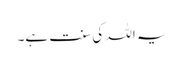
یہ اللہ کی سنت ہے۔